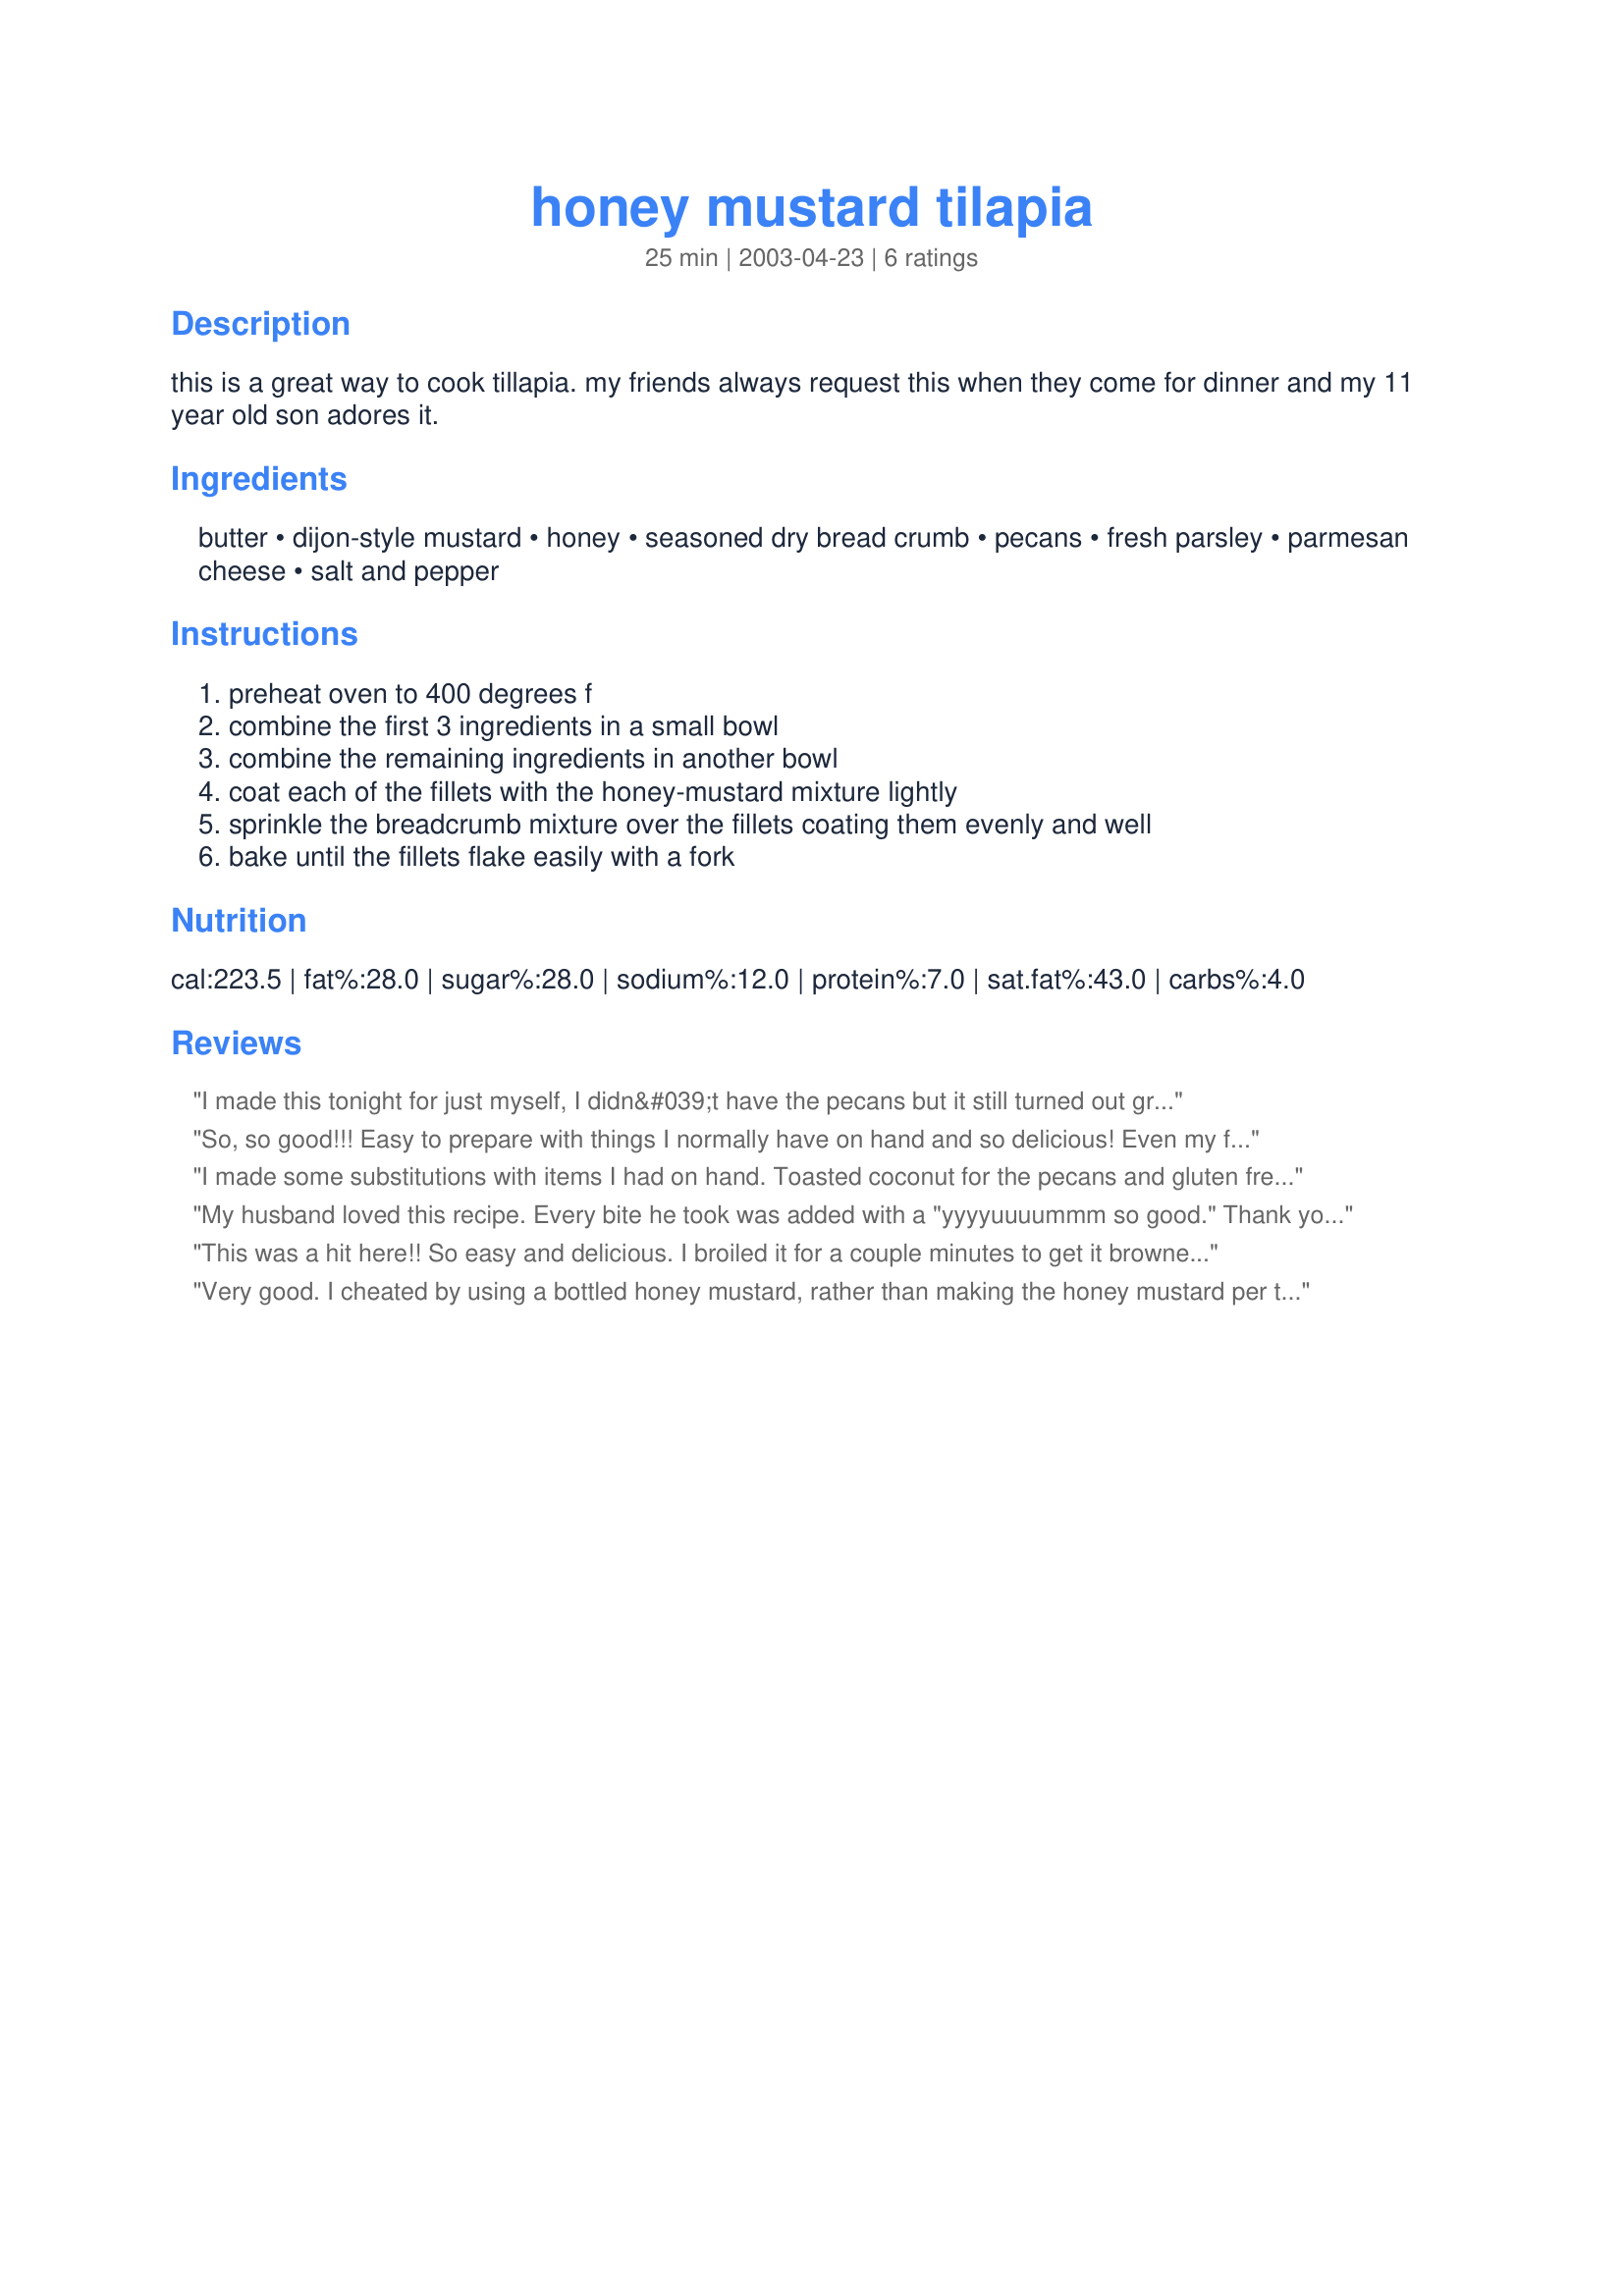
honey mustard tilapia
Preparation time: 25 minutes

this is a great way to cook tillapia. my friends always request this when they come for dinner and my 11 year old son adores it.

Ingredients:
butter, dijon-style mustard, honey, seasoned dry bread crumb, pecans, fresh parsley, parmesan cheese, salt and pepper

Steps:
preheat oven to 400 degrees f, combine the first 3 ingredients in a small bowl, combine the remaining ingredients in another bowl, coat each of the fillets with the honey-mustard mixture lightly, sprinkle the breadcrumb mixture over the fillets coating them evenly and well, bake until the fillets flake easily with a fork

Reviews:
I made this tonight for just myself, I didn&#039;t have the pecans but it still turned out great. Thanks for posting.
So, so good!!! Easy to prepare with things I normally have on hand and so delicious! Even my finicky 4 year old ate a whole piece and asked for more! I broiled a bit at the end to crunch it up a bit but otherwise followed the recipe as written. Definitely a keeper!
I made some substitutions with items I had on hand. Toasted coconut for the pecans and gluten free rice crackers for the bread crumbs. It was awesome! A new family favorite!
My husband loved this recipe. Every bite he took was added with a "yyyyuuuummm so good." Thank you so much for sharing this recipe!
This was a hit here!! So easy and delicious. I broiled it for a couple minutes to get it browned. Thanks for posting!
Very good. I cheated by using a bottled honey mustard, rather than making the honey mustard per this recipe. If you like the flavor of mustard, you'll like this fish.
